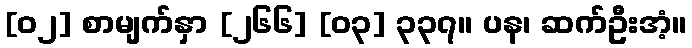
[၀၂] စာမျက်နှာ [၂၆၆] [၀၃] ၃၃၇။ ပန၊ ဆက်ဦးအံ့။